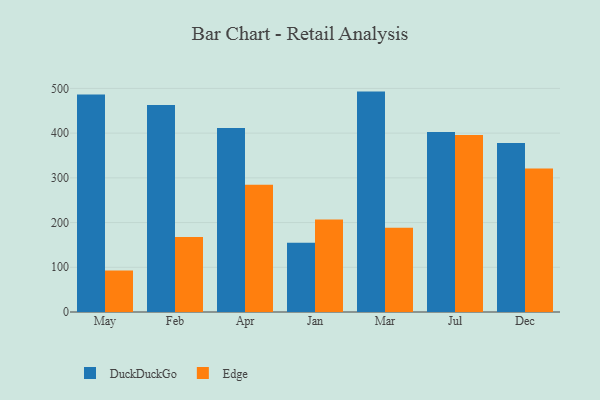
{"axis": {"x": "Month", "y": "Headcount"}, "legend": ["DuckDuckGo", "Edge"], "data": [{"x": "May", "y": 486.2, "type": "DuckDuckGo"}, {"x": "May", "y": 92.8, "type": "Edge"}, {"x": "Feb", "y": 463.2, "type": "DuckDuckGo"}, {"x": "Feb", "y": 167.6, "type": "Edge"}, {"x": "Apr", "y": 411.4, "type": "DuckDuckGo"}, {"x": "Apr", "y": 284.4, "type": "Edge"}, {"x": "Jan", "y": 155.0, "type": "DuckDuckGo"}, {"x": "Jan", "y": 207.1, "type": "Edge"}, {"x": "Mar", "y": 492.9, "type": "DuckDuckGo"}, {"x": "Mar", "y": 188.6, "type": "Edge"}, {"x": "Jul", "y": 402.4, "type": "DuckDuckGo"}, {"x": "Jul", "y": 395.6, "type": "Edge"}, {"x": "Dec", "y": 377.7, "type": "DuckDuckGo"}, {"x": "Dec", "y": 320.9, "type": "Edge"}]}